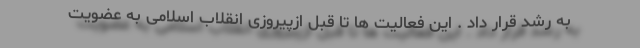
به رشد قرار داد . این فعالیت ها تا قبل ازپیروزی انقلاب اسلامی به عضویت